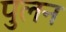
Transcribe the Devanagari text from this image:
पुलन